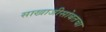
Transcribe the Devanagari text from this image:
साखाजीसोबतचा